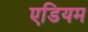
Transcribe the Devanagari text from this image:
एडियम